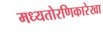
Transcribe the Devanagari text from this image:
मध्यतोरणिकारेखा